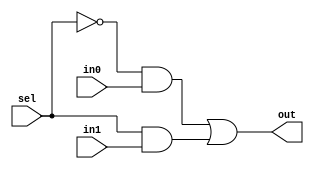
module mux21(out,sel,in1,in0);
	input in1,in0,sel;
	output out;
	wire nsel,w1,w0;
	not n1(nsel,sel);
	and a1(w0,nsel,in0);
	and a2(w1,sel,in1);
	or o1(out,w0,w1);
endmodule

module mux3port(out,sel,in2,in1,in0);
	input in2,in1,in0;
	output out;
	input [1:0] sel;
	wire [1:0] nsel;
	wire w1,w2,w0;
	not n1(nsel[1],sel[1]);
	not n2(nsel[0],sel[0]);
	and a0(w0,nsel[1],nsel[0],in0);
	and a1(w1,nsel[1],sel[0],in1);
	and a2(w2,sel[1],nsel[0],in2);
	or o1(out,w0,w1,w2);
endmodule


module bit32_mux21(out,sel,in1,in0);
	input [31:0] in1,in0;
	input sel;
	output [31:0] out;
	genvar j;
	generate for (j=0;j<32;j=j+1) begin: mux_loop
	mux21 m1(out[j],sel,in1[j],in0[j]);
	end
	endgenerate
endmodule

module bit32_mux3port(out,sel,in2,in1,in0);
	input [31:0] in2,in1,in0;
	output[31:0] out;
	input [1:0] sel;
	genvar j;
	generate for (j=0;j<32;j=j+1) begin: mux_loop32
		mux3port mj(out[j],sel,in2[j],in1[j],in0[j]);
	end
	endgenerate
endmodule

module bit32_and(out,in1,in2);
	input [31:0] in1,in2;
	output [31:0] out;
	assign {out}=in1 &in2;
endmodule

module bit32_or(out,in1,in2);
	input [31:0] in1,in2;
	output [31:0] out;
	assign {out}=in1|in2;
endmodule

module bit32_not(out,in);
	input [31:0] in;
	output [31:0] out;
	assign {out} = ~in;
endmodule

module FA_dataflow(cout,sum,in1,in2,cin);
 input in1,in2;
 input cin;
 output cout;
 output sum;
 assign {cout,sum}=in1+in2+cin;
endmodule

module bit32_FA(cout,sum,in1,in2,cin);
 input [31:0] in1,in2;
 input cin;
 output [31:0] sum;
 output cout;
 wire [32:0] carry;
 assign carry[0] = cin;
 genvar j;
 generate for (j=0;j<32;j=j+1) begin: adder_seq
 FA_dataflow faj(carry[j+1],sum[j],in1[j],in2[j],carry[j]);
 end
 endgenerate
 assign cout = carry[32];
endmodule

module ALU(a,b,bin,cin,op,res,cout);
 input [31:0] a,b;
 input cin,bin;
 input [1:0] op;
 output [31:0] res;
 output cout;
 wire [31:0] bfin,negb,min0,min1,min2;
 bit32_not n1(negb,b);
 bit32_mux21 m1(bfin,bin,negb,b);
 bit32_and a1(min0,a,bfin);
 bit32_or a2(min1,a,bfin);
 bit32_FA a3(cout,min2,a,bfin,cin);
 bit32_mux3port fin(res,op,min2,min1,min0);
endmodule

 
module tbALU();
reg Binvert, Carryin;
reg [1:0] Operation;
reg [31:0] a,b;
wire [31:0] Result;
wire CarryOut;
ALU a1(a,b,Binvert,Carryin,Operation,Result,CarryOut);
initial
begin
$monitor(,$time,"a = %h, b =%h, bin = %b, op = %b, cin = %b, res = %h, cout = %b",a,b,Binvert,Operation,Carryin,Result,CarryOut);
a=32'ha5a5a5a5;
b=32'h5a5a5a5a;
Operation=2'b00;
Binvert=1'b0;
Carryin=1'b0; //must perform AND resulting in zero
#100 Operation=2'b01; //OR
#100 Operation=2'b10; //ADD
#100 Binvert=1'b1;//SUB
#200 $finish;
end
endmodule

module ANDarray (RegDst,ALUSrc, MemtoReg, RegWrite, MemRead, MemWrite,Branch,ALUOp0,ALUOp1,Op);
input [5:0] Op;
output RegDst,ALUSrc,MemtoReg, RegWrite, MemRead, MemWrite,Branch,ALUOp1,ALUOp0;
wire Rformat, lw,sw,beq;
assign Rformat= (~Op[0])& (~Op[1])& (~Op[2])& (~Op[3])& (~Op[4])& (~Op[5]);
assign lw = (Op[0])& (Op[1])& (~Op[2])& (~Op[3])& (~Op[4])& (Op[5]);
assign sw = (Op[0])& (Op[1])& (~Op[2])& (Op[3])& (~Op[4])& (Op[5]);
assign beq = (~Op[0])& (~Op[1])& (Op[2])& (~Op[3])& (~Op[4])& (~Op[5]);

assign RegDst = Rformat;
assign ALUSrc = lw | sw;
assign MemtoReg = lw;
assign RegWrite = Rformat | lw;
assign MemRead = lw;
assign MemWrite = sw;
assign Branch = beq;
assign AluOp0 = Rformat;
assign AluOp1 = beq;
endmodule

module ALUControl(ALUC,AluOp,Funct);
output [2:0] ALUC;
input [1:0] AluOp;
input [3:0] Funct;
wire w1,w2;

or o1(w1,Funct[0],Funct[3]);
and a1(ALUC[0],w1,AluOp[1]);
nor n1(ALUC[1],AluOp[1],Funct[2]);
and a2(w2,AluOp[1],Funct[1]);
or o2(ALUC[2],AluOp[0],w2);

endmodule